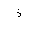
Letter: _thal